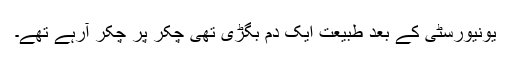
یونیورسٹی کے بعد طبیعت ایک دم بگڑی تھی چکر پر چکر آرہے تھے۔